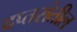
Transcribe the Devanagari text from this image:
दप्तरांतील